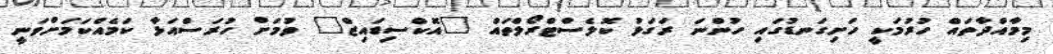
މިމާއްދާތައް ހުރުމަކީ ހަށިގަނޑުގައި ހުންނަ ރަގަޅު ކޮލެސްޓްރޯލްތައް "އޮކްސިޑައިޒް" ވުމަށް ހުރަސްއަޅާ ކަމެއްކަމަށްވަނީ